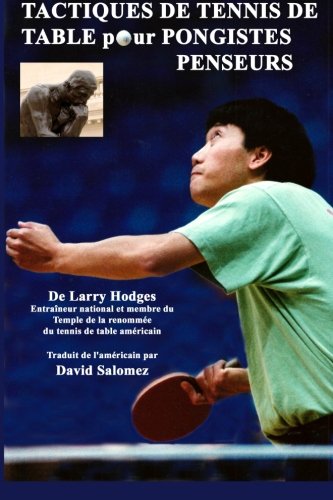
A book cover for Tactiques de Tennis de Table pour Pongistes Penseurs (French Edition); Larry Hodges; Sports & Outdoors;